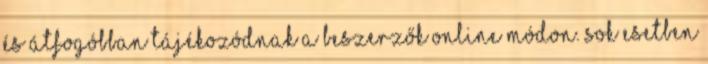
és átfogóbban tájékozódnak a beszerzők online módon. Sok esetben